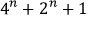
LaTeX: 4 ^ { n } + 2 ^ { n } + 1